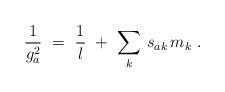
LaTeX: \begin{align*}\frac{1}{g^2_a}\ =\ \frac{1}{l}\ +\ \sum_k\, s_{ak}\, m_k\ .\end{align*}